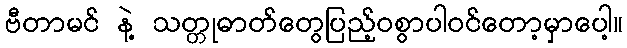
ဗီတာမင် နဲ့ သတ္တုဓာတ်တွေပြည့်ဝစွာပါဝင်တော့မှာပေါ့။